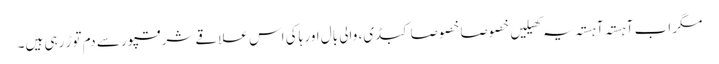
مگر اب آہستہ آہستہ یہ کھیلیں خصوصا خصوصا کبڈی، والی بال اور ہاکی اس علاقے شرقپور سے دم توڑ رہی ہیں۔